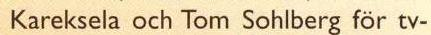
 Kareksela och Tom Sohlberg för tv-